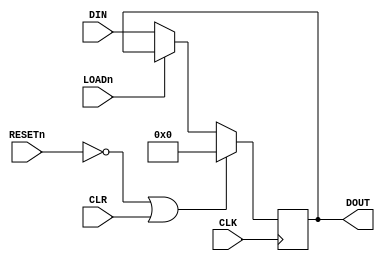
`default_nettype none
`timescale 1ns/1ns

module register4(
  input wire        CLK,
  input wire        RESETn,

  input wire        CLR,

  input wire  [3:0] DIN,
  output wire [3:0] DOUT,
  input wire        LOADn
);

  reg [3:0] data;

  always @(posedge CLK)
    begin
      if (~RESETn | CLR)
        data <= 4'b0;
      else if (~LOADn)
        data <= DIN;
    end

  assign DOUT = data;

endmodule